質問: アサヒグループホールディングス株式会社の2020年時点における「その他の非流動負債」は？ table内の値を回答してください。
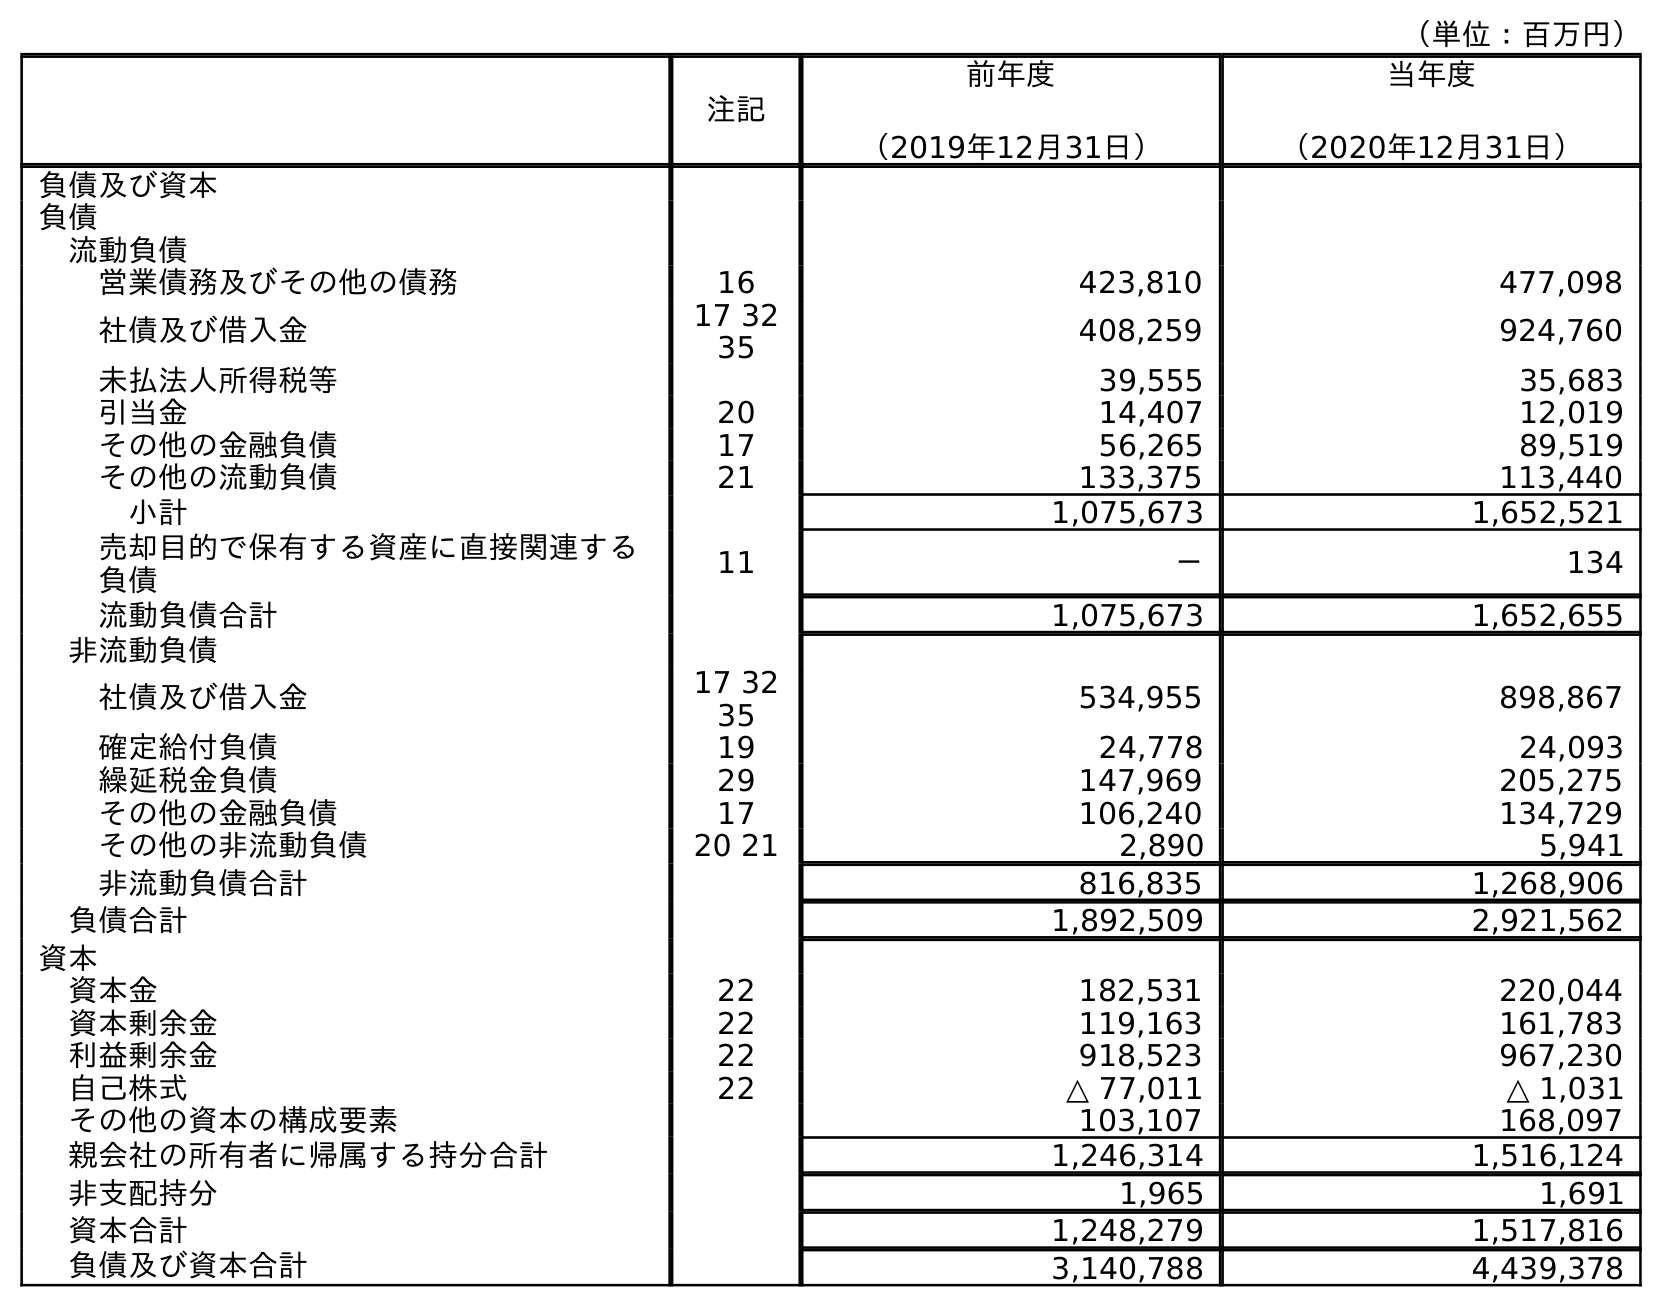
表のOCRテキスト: （単位：百万円） 注記 前年度 （2019年12月31日） 当年度 （2020年12月31日） 負債及び資本 負債 流動負債 営業債務及びその他の債務 16 423,810 477,098 社債及び借入金 17 32 35 408,259 924,760 未払法人所得税等 39,555 35,683 引当金 20 14,407 12,019 その他の金融負債 17 56,265 89,519 その他の流動負債 21 133,375 113,440 小計 1,075,673 1,652,521 売却目的で保有する資産に直接関連する 負債 11 － 134 流動負債合計 1,075,673 1,652,655 非流動負債 社債及び借入金 17 32 35 534,955 898,867 確定給付負債 19 24,778 24,093 繰延税金負債 29 147,969 205,275 その他の金融負債 17 106,240 134,729 その他の非流動負債 20 21 2,890 5,941 非流動負債合計 816,835 1,268,906 負債合計 1,892,509 2,921,562 資本 資本金 22 182,531 220,044 資本剰余金 22 119,163 161,783 利益剰余金 22 918,523 967,230 自己株式 22 △ 77,011 △ 1,031 その他の資本の構成要素 103,107 168,097 親会社の所有者に帰属する持分合計 1,246,314 1,516,124 非支配持分 1,965 1,691 資本合計 1,248,279 1,517,816 負債及び資本合計 3,140,788 4,439,378
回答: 5,941